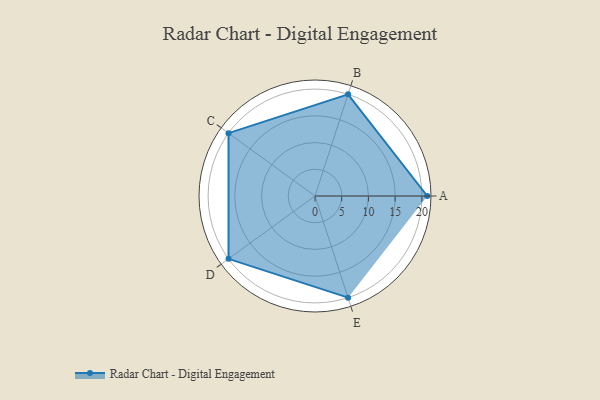
{"axis": {"x": "Skill", "y": "Score"}, "legend": ["Profile"], "data": [{"x": "A", "y": 21.0, "type": "Profile"}, {"x": "B", "y": 20, "type": "Profile"}, {"x": "C", "y": 20, "type": "Profile"}, {"x": "D", "y": 20, "type": "Profile"}, {"x": "E", "y": 20, "type": "Profile"}]}